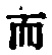
$而$